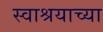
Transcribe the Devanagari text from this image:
स्वाश्रयाच्या